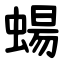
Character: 蝪